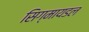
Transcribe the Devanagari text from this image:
सिग्मायडल